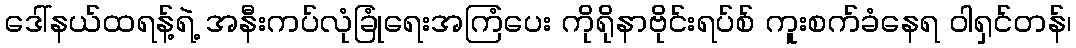
ဒေါ်နယ်ထရန့်ရဲ့ အနီးကပ်လုံခြုံရေးအကြံပေး ကိုရိုနာဗိုင်းရပ်စ် ကူးစက်ခံနေရ ဝါရှင်တန်၊